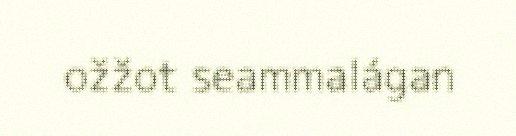
ožžot seammalágan